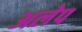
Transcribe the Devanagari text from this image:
अलेप